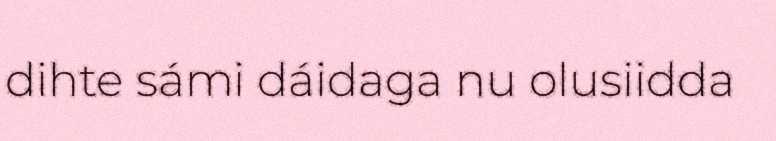
dihte sámi dáidaga nu olusiidda